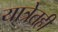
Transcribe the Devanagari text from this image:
यात्रेतही